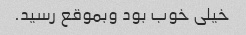
خیلی خوب بود وبموقع رسید.